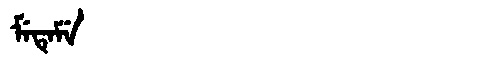
Manchu: ᠮᡝᡨᡝᠮᡝ
Romanization: METEME